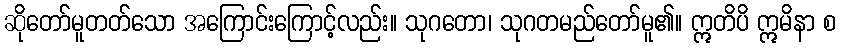
ဆိုတော်မူတတ်သော အကြောင်းကြောင့်လည်း။ သုဂတော၊ သုဂတမည်တော်မူ၏။ ဣတိပိ ဣမိနာ စ